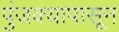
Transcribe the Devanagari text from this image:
पुंजक्यापासून